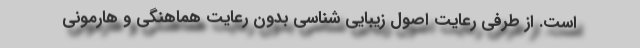
است. از طرفی رعایت اصول زیبایی شناسی بدون رعایت هماهنگی و هارمونی